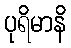
ပုရိမာနိ